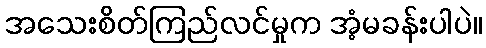
အသေးစိတ်ကြည်လင်မှုက အံ့မခန်းပါပဲ။